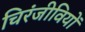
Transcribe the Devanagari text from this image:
चिरंजीवियों